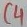
Text: C4